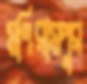
মণিরামপুর